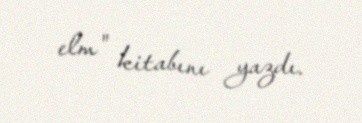
elm" kitabını yazdı.